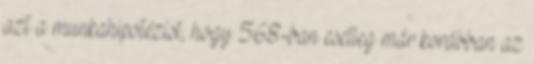
azt a munkahipotézist, hogy 568-ban esetleg már korábban az